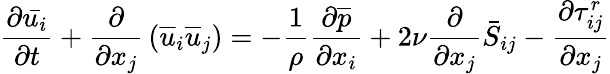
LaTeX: {\frac{\partial{\bar{u_{i}}}}{\partial t}}+{\frac{\partial}{\partial x_{j}}}\left({\overline{{u}}}_{i}{\overline{{u}}}_{j}\right)=-{\frac{1}{\rho}}{\frac{\partial{\overline{{p}}}}{\partial x_{i}}}+2\nu{\frac{\partial}{\partial x_{j}}}{\bar{S}}_{ij}-{\frac{\partial\tau_{ij}^{r}}{\partial x_{j}}}